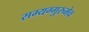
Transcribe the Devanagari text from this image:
सम्यग्गुरुमेव